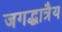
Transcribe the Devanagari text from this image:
जगद्धात्रैय